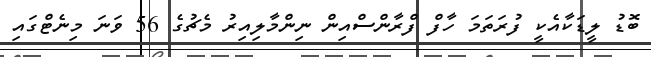
ބޮޑު ލީޑަކާއެކީ ފުރަތަމަ ހާފް ފްރާންސްއިން ނިންމާލިއިރު މެޗުގެ 56 ވަނަ މިނެޓްގައި